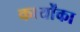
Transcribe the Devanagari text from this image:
कार्योंका